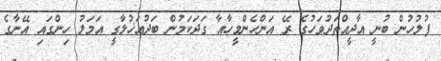
ފުލުހުން ބުނީ އާދީއްތަދުވަހުގެ ރޭ އަންހެންމީހާއާ ގަދަކަމުން ބަދުއަޚުލާގީ އަމަލު ހިންގައި އޭނާގެ